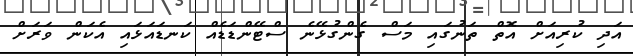
އަދި ކުރިއަށް އޮތް ތަނުގައި މަސް ގެންގުޅޭނެ ސްޓޭންޑަޑެއް ކަނޑައަޅައި އެކަން ވަރަށް